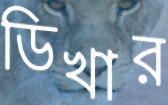
ডিখার